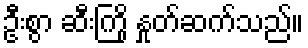
ဦးစွာ ဆီးကြို နှုတ်ဆက်သည်။